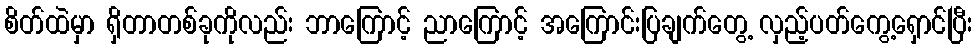
စိတ်ထဲမှာ ရှိတာတစ်ခုကိုလည်း ဘာကြောင့် ညာကြောင့် အကြောင်းပြချက်တွေ့ လှည့်ပတ်ကွေ့ရှောင်ပြီး